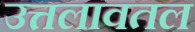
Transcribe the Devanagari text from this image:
उत्तलावतल